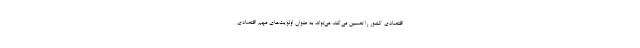
اقتصادی کشور را تضمین می‌کند، می‌تواند به عنوان اولویت‌های مهم اقتصادی